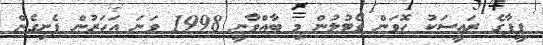
ފީފާގެ ރައީސަކު ހޮވަން ވޯޓުލުން މި ބާއްވާނީ 1998 ވަނަ އަހަރުން ފެށިގެން